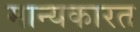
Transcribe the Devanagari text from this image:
मान्यकारत